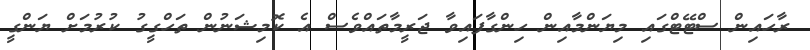
ރާހައިން ސްޓޭޓްގައި މިޔަންމާއިން ހިންގާފައިވާ ޖަރީމާތައްވެސް އެ ކޮމިޝަނުން ތަހްގީގު ކުރުމަށް ޔަންގީ